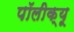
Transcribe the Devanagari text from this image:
पॉलीक्यू